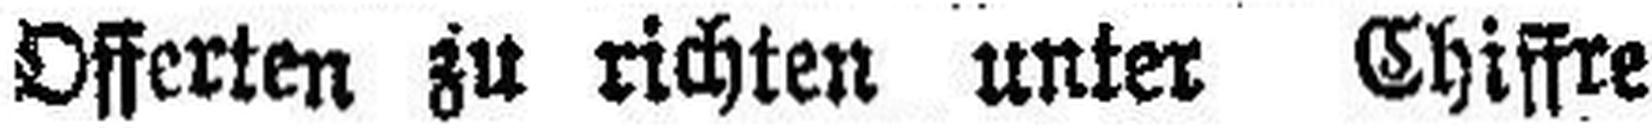
Offerten zu richten unter Chiffre